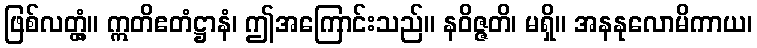
ဖြစ်လတ္တံ့။ ဣတိဧတံဋ္ဌာနံ၊ ဤအကြောင်းသည်။ နဝိဇ္ဇတိ၊ မရှိ။ အနနုလောမိကာယ၊